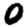
Digit: 0